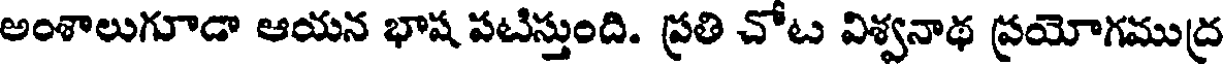
అంశాలుగూడా ఆయన భాష పటిస్తుంది. ప్రతి చోట విశ్వనాథ ప్రయోగముద్ర